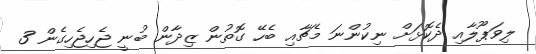
ލިވަޕޫލާއި ދެކޮޅަށް ނިކުންނަ މެޗާއި ބެހޭ ގޮތުން ޒިދާން ބުނީ ޖެހިޖެހިގެން 3